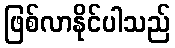
ဖြစ်လာနိုင်ပါသည်